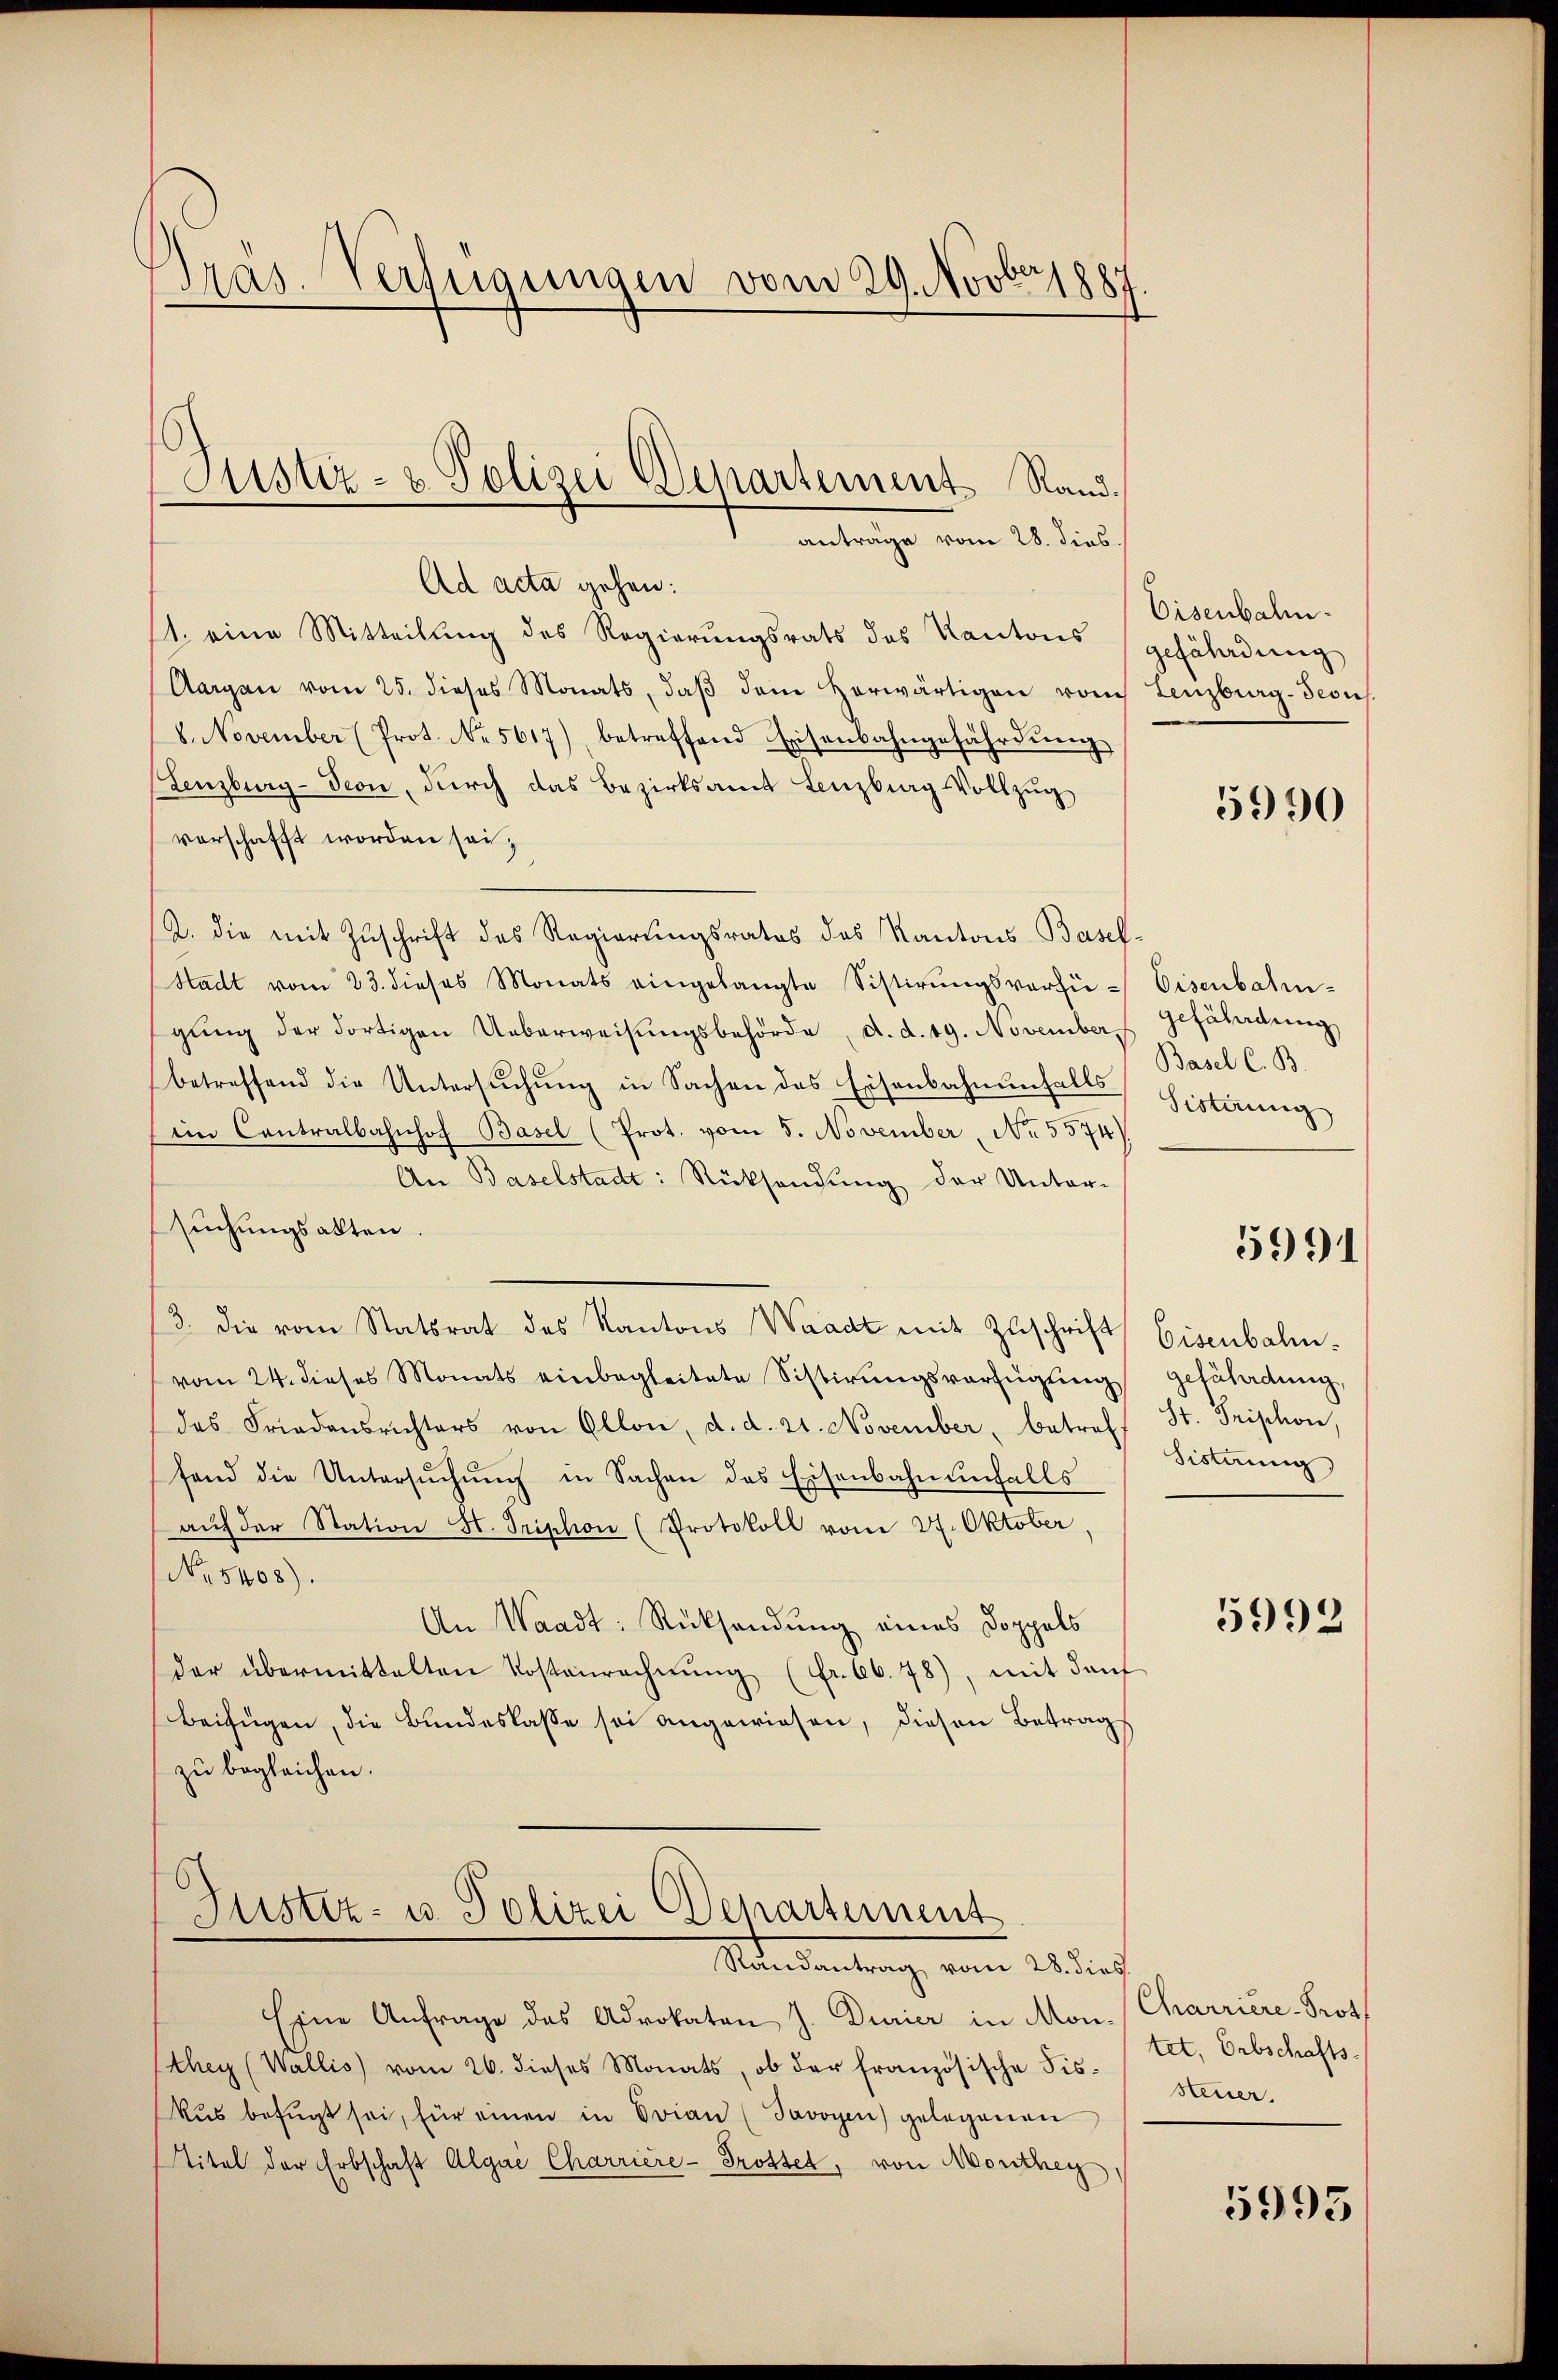
Präs. Verfügungen vom 29. Novbr. 1887.

1. eine Mitteilung des Regierungsrats des Kantons
Aargau vom 25. dieses Monats, daβ dem herwärtigen von Lenzburg-Seous.
8. November (Prot. No. 5617), betreffend Eisenbahngefährdŭng
Lenzburg-Teon, durch das Bezirksamt Lenzburg Vollzug
vorschafft worden sei;
2. die mit Zuschrift des Regierungsrates des Kantons Basel-
Stadt vom 23. dieses Monats eingelangte Sistirŭngsverfü-
gŭng der dortigen Ueberweisŭngsbehörde, d. d. 19. November Gefährdung
betreffend die Untersŭchŭng in Sachen des Eisenbahnenfalls
iin Contralbahnhof Basel (Prot. vom 5. November, No 5574)
An Baselstadt: Rücksendung der Unter-
suchungsakten.
3. die vom Statsrat des Kantons Waadt mit Zuschrift
vom 24. dieses Monats einbegleitete Sistirungsverfügung
das Friedensrichters von Ollon, d. d. 21. November, betref
fand die Untersŭchŭng in Sachen das Eisenbahnenfalls
aŭf der Station St. Triphon (Protokoll vom 27. Oktober
No. 5408).
An Waadt: Rücksendung eines Doppels
der übermittelten Kostenrechnŭng (fr. 66. 78), mit darf
Beifügen, die Bundeslasse sei angewiesen, diesen Betrag
zu begleichen.

Justiz- & Polizei Departement Randanträge vom 28. dies.
Ad acta gehen:

Tuster- u. Polizei Departement
Steantrag, vom 28 dies

Eine Anfrage des Advokaten J. Durier in Mon. (Charrière-Prot
Ethey (Wallis) vom 26. dieses Monats, ob der französische Fiskŭs befügt sei, für einen in Orian (Javoyen) gelegenen
itel der Erbschaft Algai Charrière-Trottet, von Monthey

Eisenbahngefährdung

5990

Eisenbahn-
Basel C. B.
Sistirung

5991

Eisenbahn.
gefährdung,
Hr. Frischon
Sistung

5992

tet, Erbschafts-
steuer.

5993